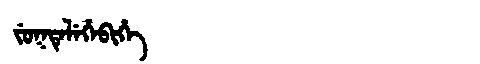
Manchu: ᠵᡠᡴᡨᡝᠯᡝᡥᡝᠪᡳᡥᡝ
Romanization: JUKTELEHEBIHE